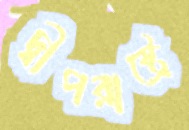
দ্বীপরাষ্ট্রে